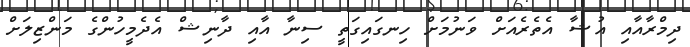
ދިމްރާއާއި އުޝާ އެތެރެއަށް ވަނުމަށް ހިނގައިގަތީ ސިނާ އާއި ދާނިޝް އެދެމީހުންގެ މަންޒިލަށް